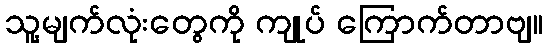
သူ့မျက်လုံးတွေကို ကျုပ် ကြောက်တာဗျ။